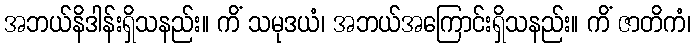
အဘယ်နိဒါန်းရှိသနည်း။ ကိံ သမုဒယံ၊ အဘယ်အကြောင်းရှိသနည်း။ ကိံ ဇာတိကံ၊